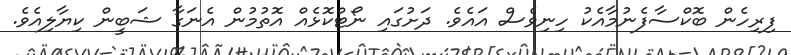
ފިރިހެން ބޮކްސާފެނުމާއެކު ހިނިވެސް އައެވެ. ދަށުގައި ނޯޓްކޮޅެއް އޮތުމުން އެނަގާ ޝަބީން ކިޔާލިއެވެ.